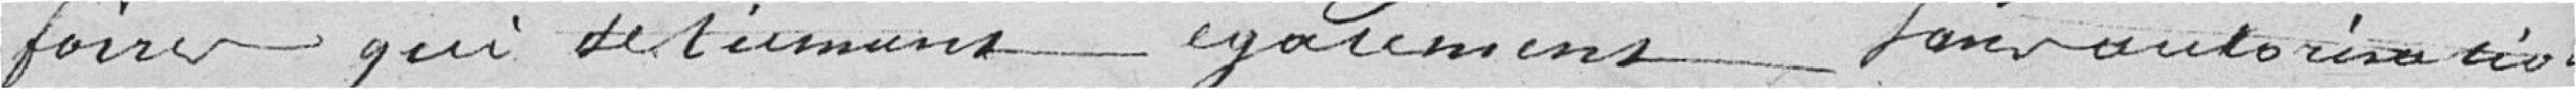
foires qui se tiennent également sans autorisation